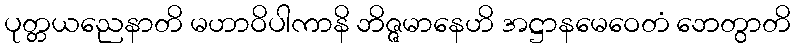
ပုတ္တယညေနာတိ မဟာဝိပါကာနိ ဘိဇ္ဇမာနေဟိ အဋ္ဌာနမေဝေတံ ဘေတွာတိ